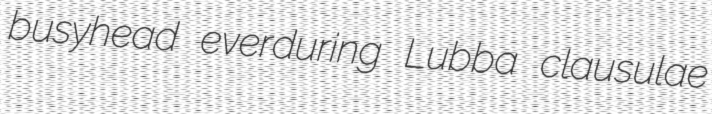
busyhead everduring Lubba clausulae